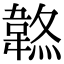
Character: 𩎷